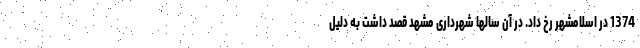
1374 در اسلامشهر رخ داد. در آن سالها شهرداری مشهد قصد داشت به دلیل